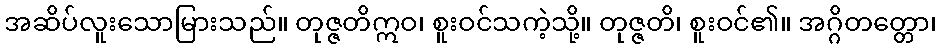
အဆိပ်လူးသောမြားသည်။ တုဇ္ဇတိဣဝ၊ စူးဝင်သကဲ့သို့။ တုဇ္ဇတိ၊ စူးဝင်၏။ အဂ္ဂိတတ္တော၊